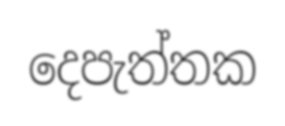
දෙපැත්තක